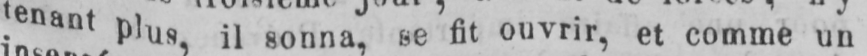
tenant plus il sonna, se fit ouvrir, et comme un